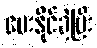
ပေးနိုင်ခဲ့ပြီး